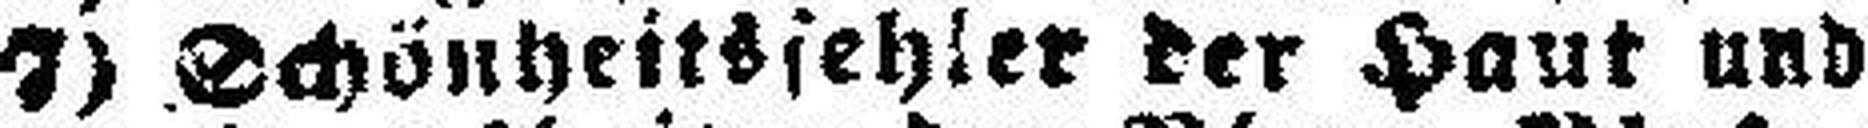
7) Schönheitsfehler der Haut und